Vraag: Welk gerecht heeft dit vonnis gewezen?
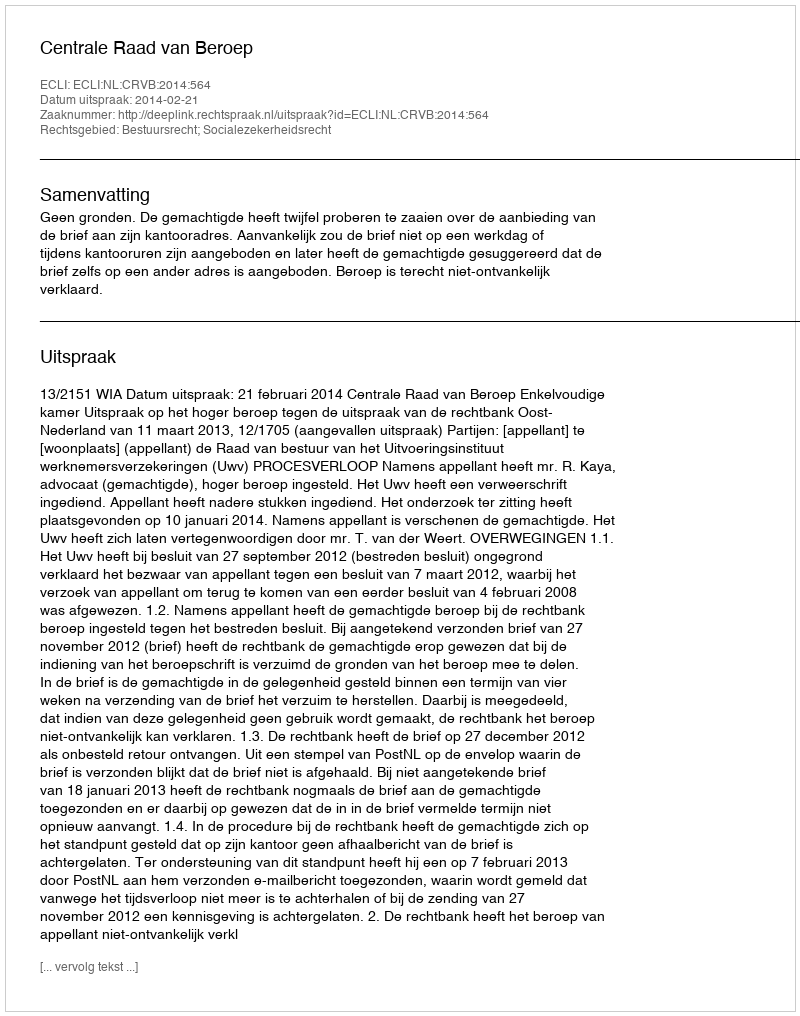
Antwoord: Centrale Raad van Beroep